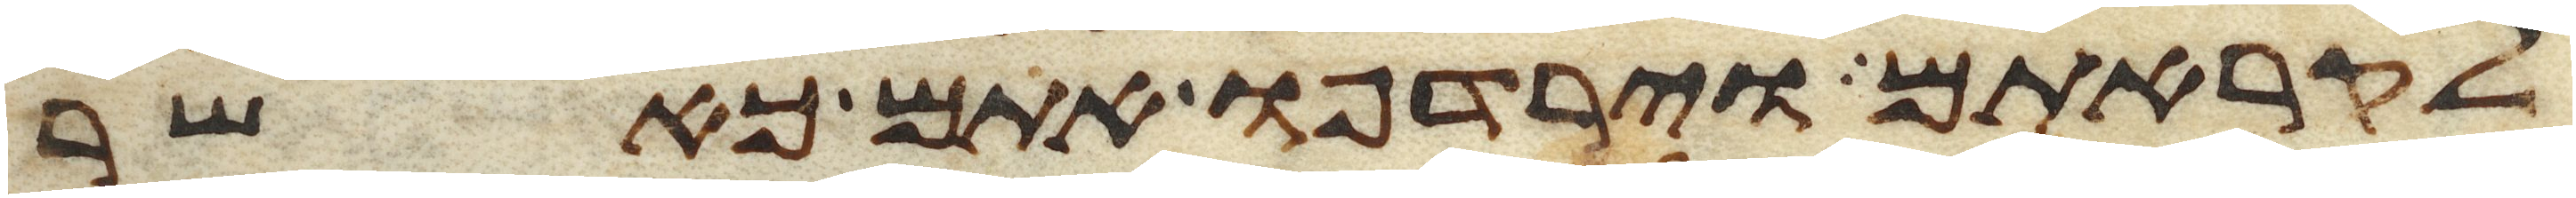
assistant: לקראתם וירדפו אתם כאשר